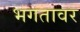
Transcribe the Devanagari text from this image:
भगतावर